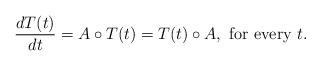
LaTeX: \begin{align*}\dfrac{dT(t)}{dt} = A \circ T(t) = T(t) \circ A, \mbox{ for every } t.\end{align*}